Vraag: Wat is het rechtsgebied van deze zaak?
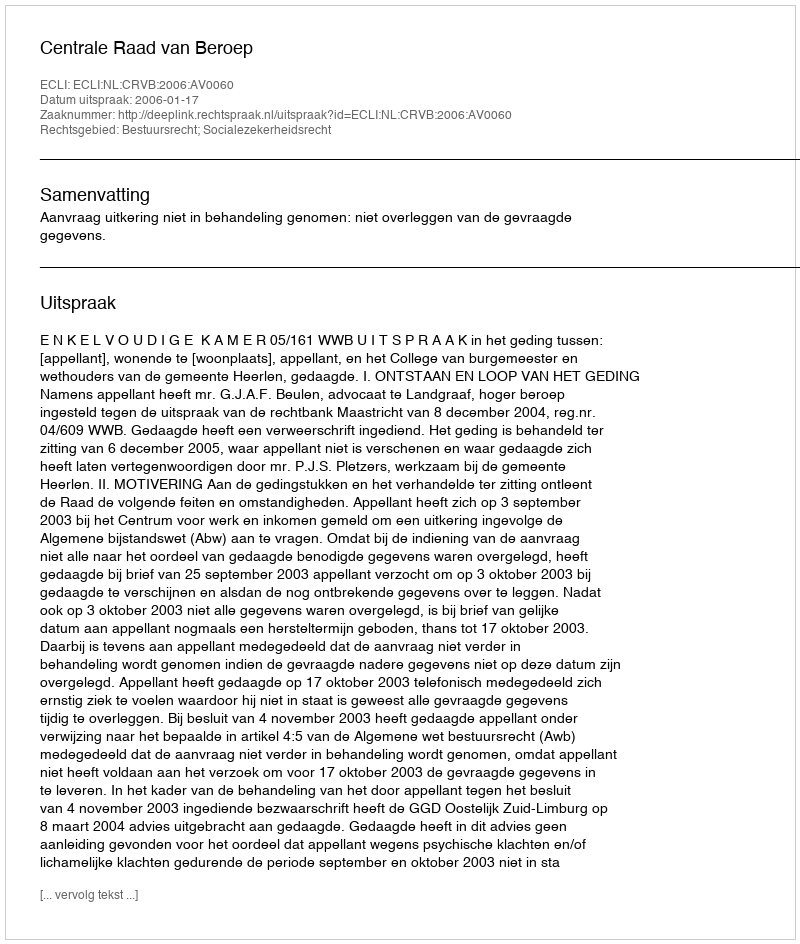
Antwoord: Bestuursrecht; Socialezekerheidsrecht